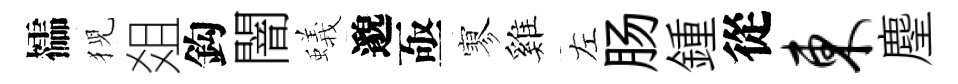
櫺猊爼鈎闇蟻邈亟寥雞左肠鍾從东麈